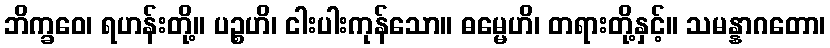
ဘိက္ခဝေ၊ ရဟန်းတို့။ ပဉ္စဟိ၊ ငါးပါးကုန်သော။ ဓမ္မေဟိ၊ တရားတို့နှင့်။ သမန္နာဂတော၊